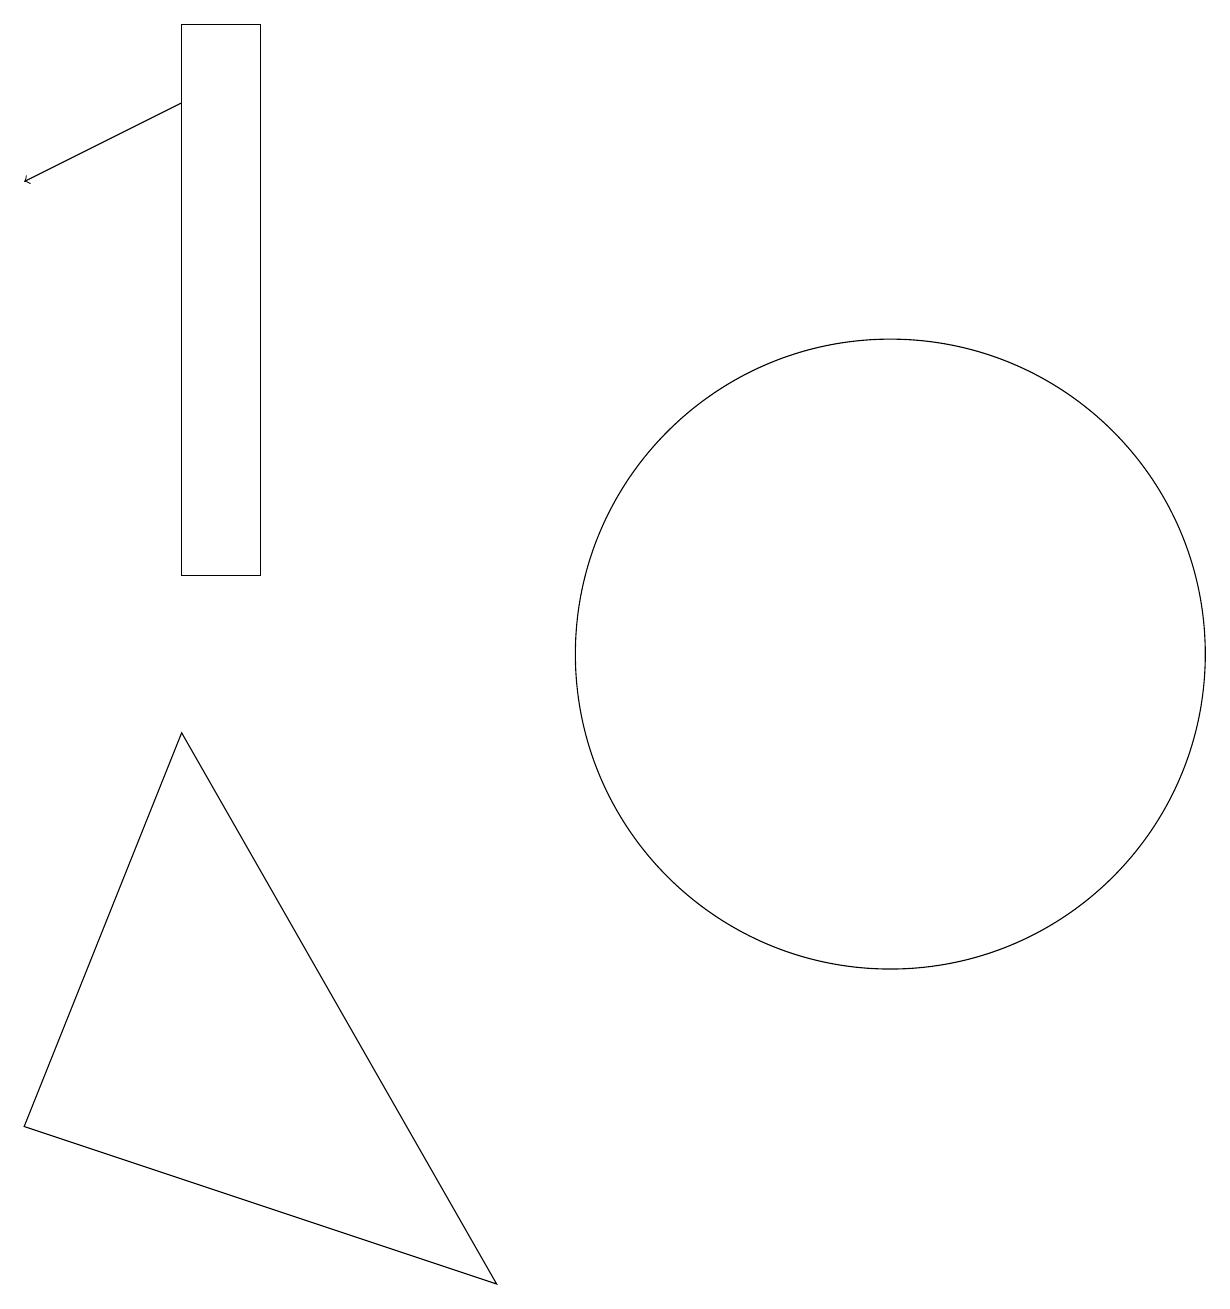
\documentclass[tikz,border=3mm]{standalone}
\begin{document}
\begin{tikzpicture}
\draw (2,11) rectangle (3,18);
\draw (0,4) -- (6,2) -- (2,9) -- cycle;
\draw (11,10) circle (4);
\draw[->] (2,17) -- (0,16);
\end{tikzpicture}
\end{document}